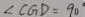
\angle C G D = 9 0 ^ { \circ }